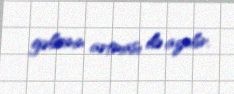
gəlirinin artması ilə azalır.